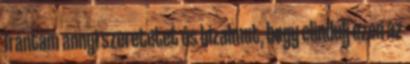
Irántam annyi szeretetet és bizalmat, hogy elindulj ezen az